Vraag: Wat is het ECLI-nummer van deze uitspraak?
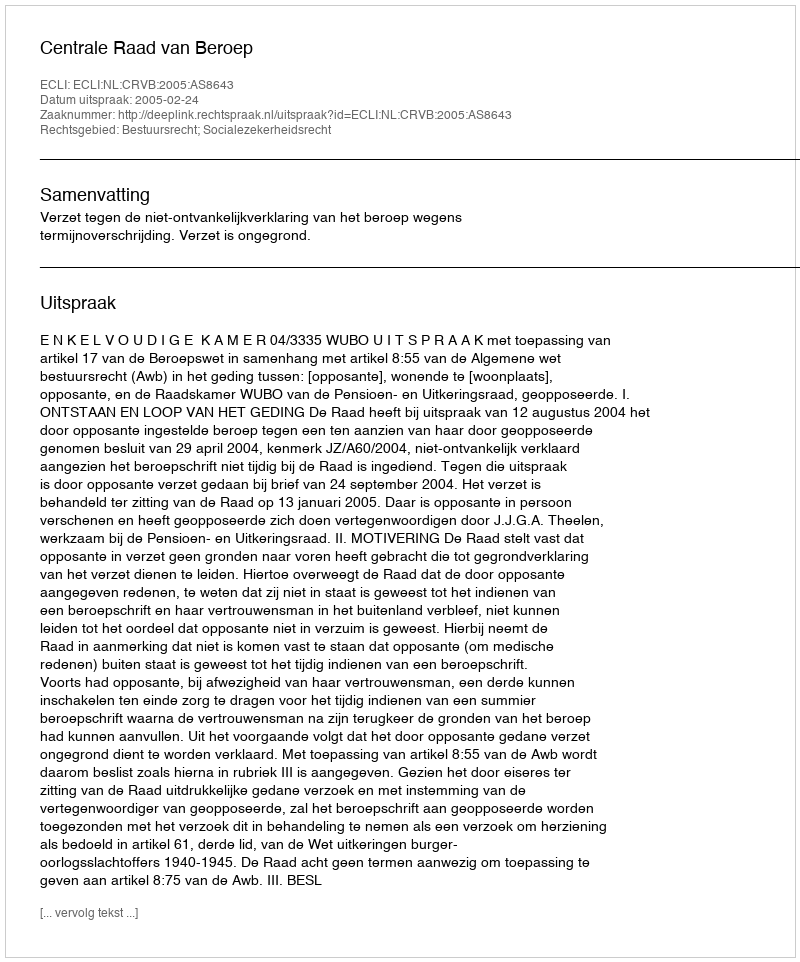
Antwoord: ECLI:NL:CRVB:2005:AS8643